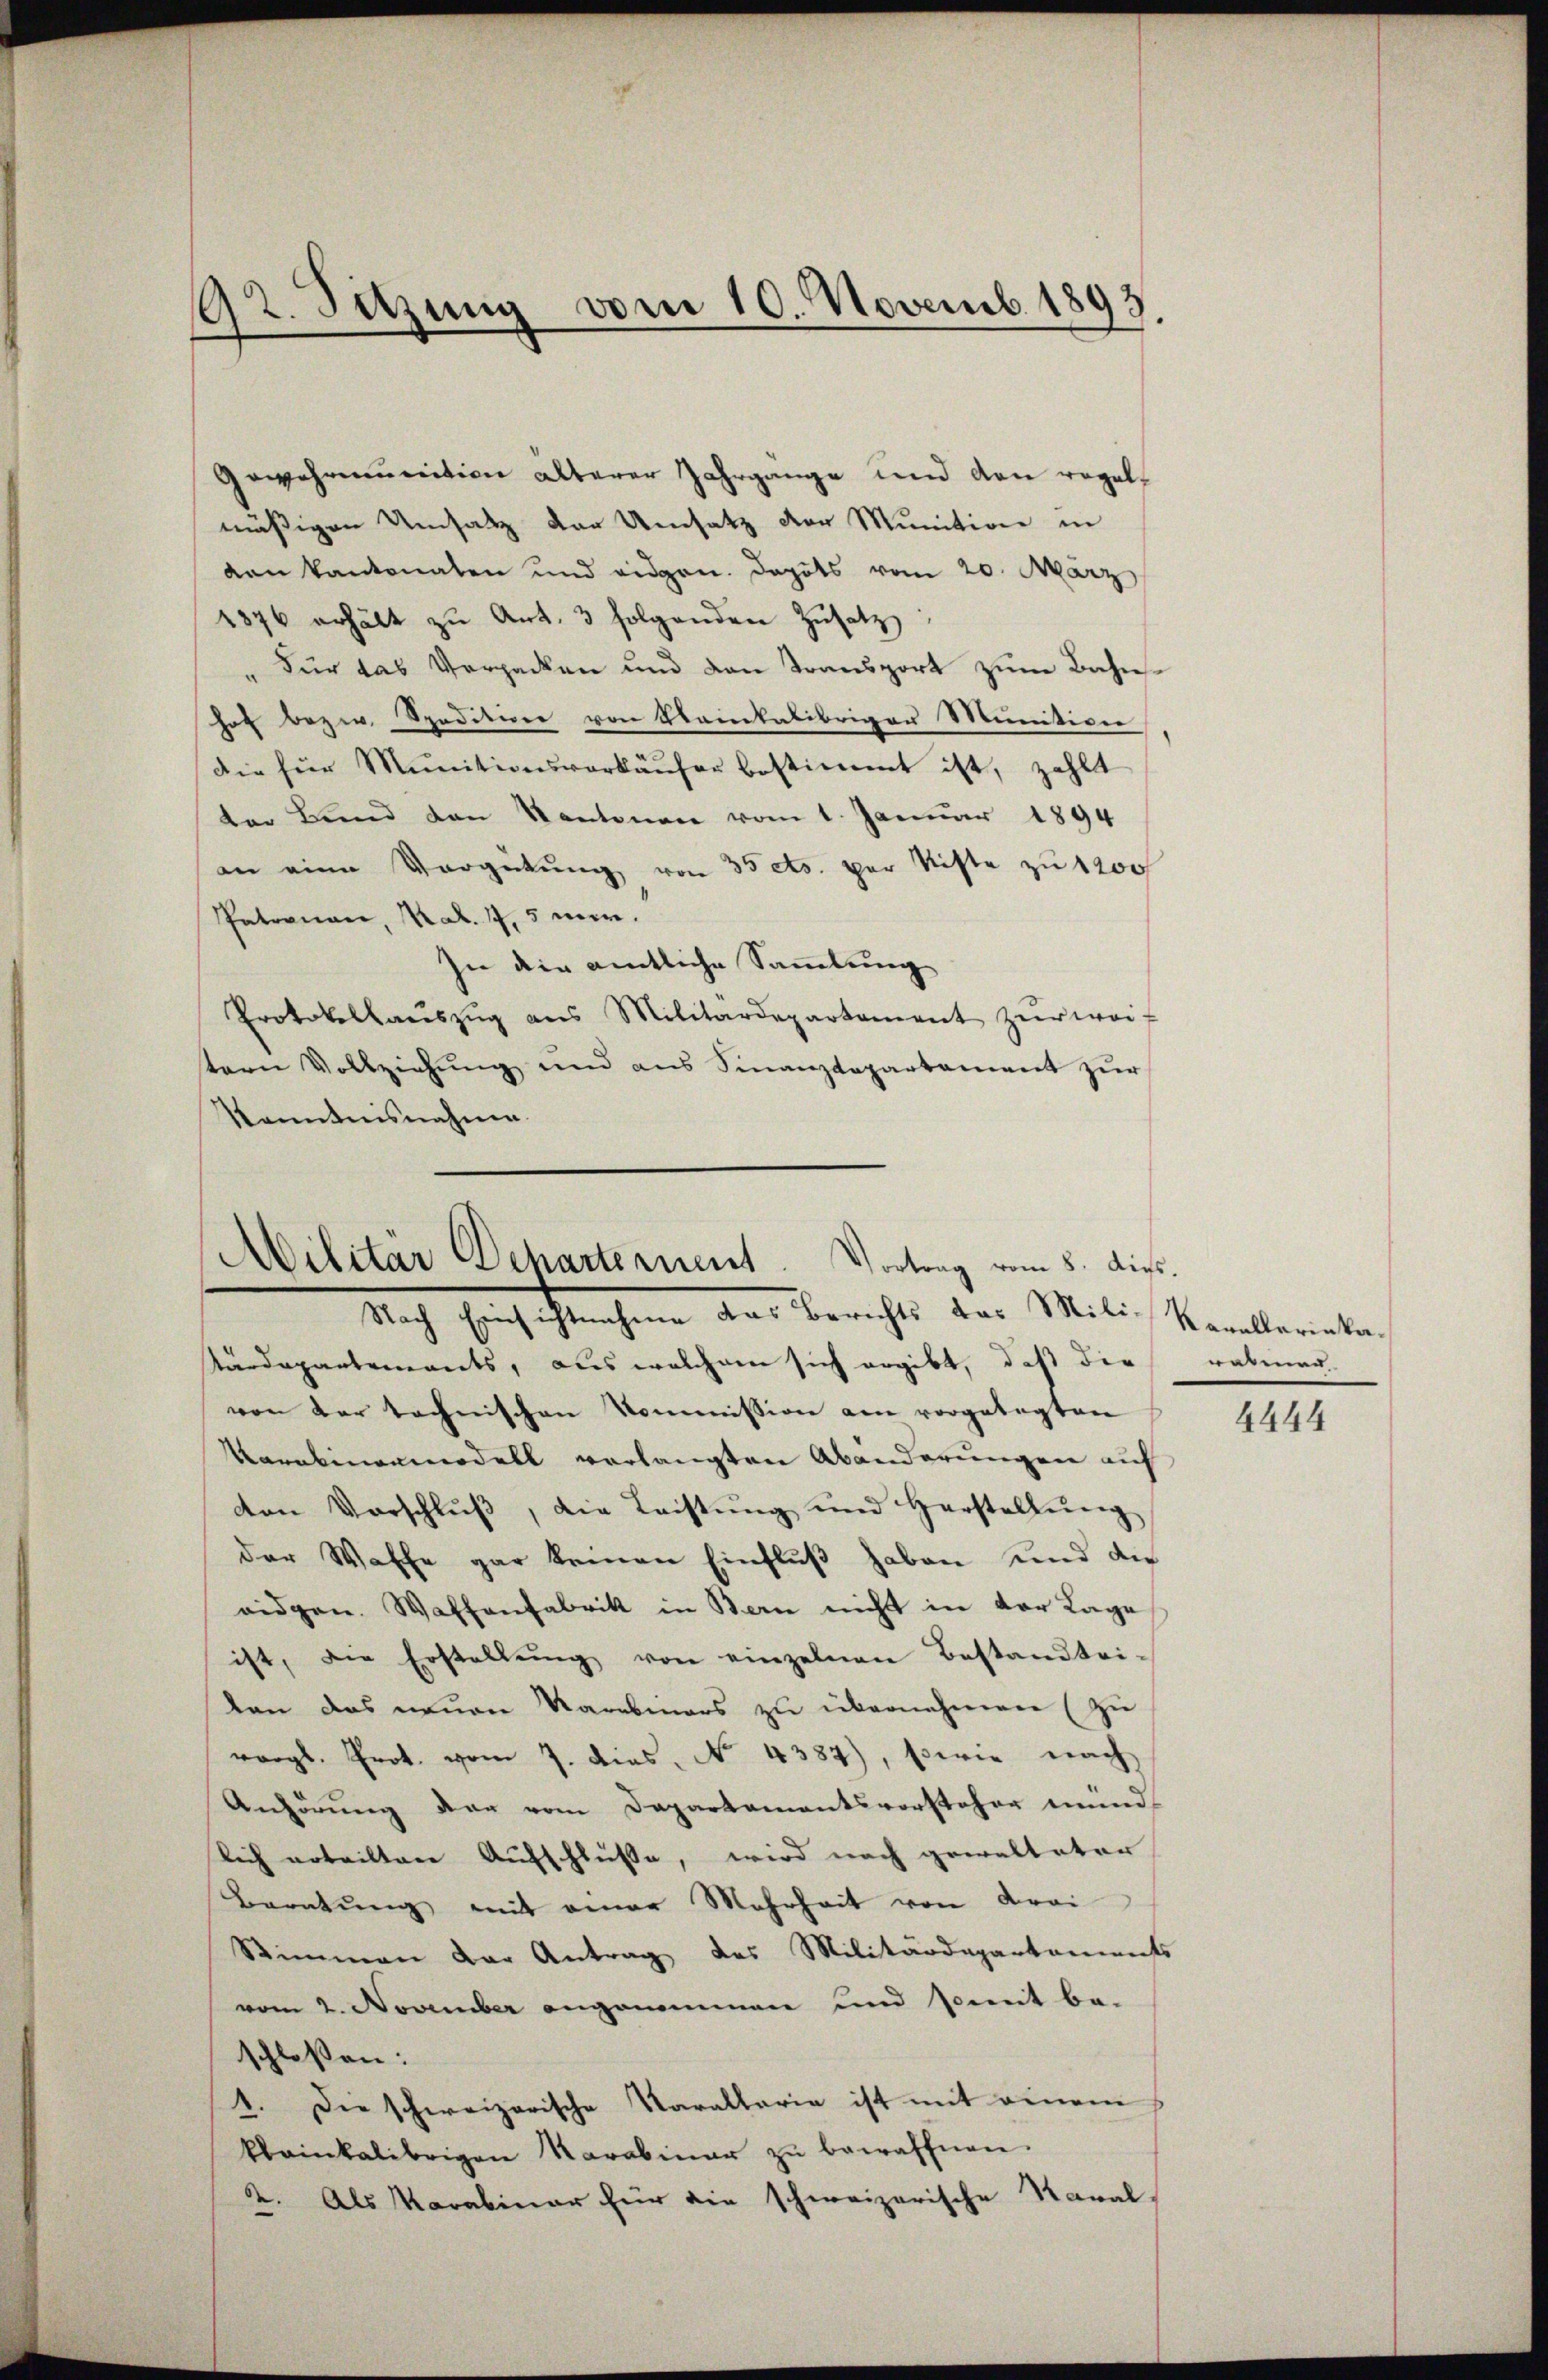
92. Sitzung vom 10. Novemb. 1893.

Gewehrinition älterer Jahrgange und von regel-
mäßigen Umsatz der Umsatz der Munition in
van kantonalen und eidgen. Depots vom 20. März
1876 erhält zŭ Art. 3 folgenden Zŭsatz:
Für das Verpacken und den Transport zum Bahnhof bezw. Spedition von Saintalibrigen Munitiver
Die für Munitionsverkäŭfer bestimmt ist, zahlt
der Bund den Kantonen vom 1. Januar 1894
an eine Vergütŭng von 35 cts. per Kiste zu 1200
Patronau, Mad. 4,5 mir.
In die amtliche Sammlung
Protokelhaŭszŭg ans Militärdepartement zŭr wei-
tern Vollziehŭng und aus Sinanzdepartement zŭr
Kenntnisnahme.

Militär Departement. Vortrag vom 8. dies.
Nach Einhofsrechen das Berichts der Milich Stanklerierten

tärdepartements, aus welchem sich ergibt, daß die rabener-
von der technischen Kommission am vorgelegten
Karabinenmodell verlangten Abänderungen auf
den Vorschluß, die Leistung und Herstellung
der Waffe gar keinen Einfluß haben und die
ridgen. Waffenfabrik in Bern nicht in der Lage
ist, die Erstellŭng von einzelnen Bestandtei-
lan das neuen Karabmars zu übernehmen (zu
vergl. Prot. vom 7. dies. No. 4387), sowie nach
Anhörung der vom Departamentsvorsteher münd-
lich notailtene Aufschlüße, wird nach gewalteter
Beratung mit einer Mehrheit von Frei
Stimmen der Antrag des Militärdepartaments
vom 2. November angenommen und somit be-
schlossen:
1. Die schweizerische Karallaria ist mit einem
klainkalibrigen Karabinar zŭ bewaffnen.
2. Als Marabiner für die schweizerische Naral-

4444